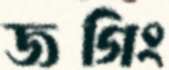
জগিং